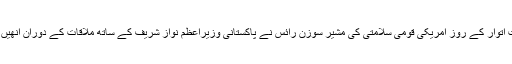
یہ بات اتوار کے روز امریکی قومی سلامتی کی مشیر سوزن رائس نے پاکستانی وزیراعظم نواز شریف کے ساتھ ملاقات کے دوران انھیں بتائی۔